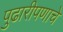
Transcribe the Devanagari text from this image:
पुढारीपणाचे